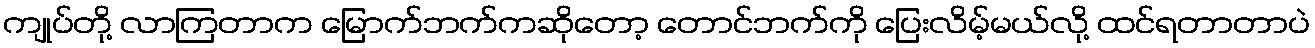
ကျုပ်တို့ လာကြတာက မြောက်ဘက်ကဆိုတော့ တောင်ဘက်ကို ပြေးလိမ့်မယ်လို့ ထင်ရတာတာပဲ